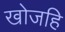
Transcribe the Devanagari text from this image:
खोजहि